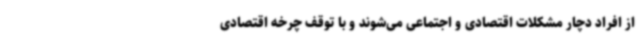
از افراد دچار مشکلات اقتصادی و اجتماعی می‌شوند و با توقف چرخه اقتصادی